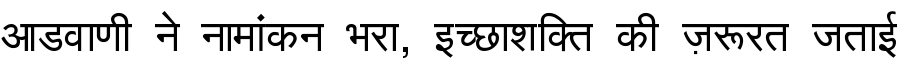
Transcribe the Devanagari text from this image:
आडवाणी ने नामांकन भरा, इच्छाशक्ति की ज़रूरत जताई